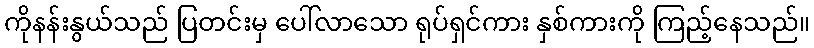
ကိုနန်းနွယ်သည် ပြတင်းမှ ပေါ်လာသော ရုပ်ရှင်ကား နှစ်ကားကို ကြည့်နေသည်။